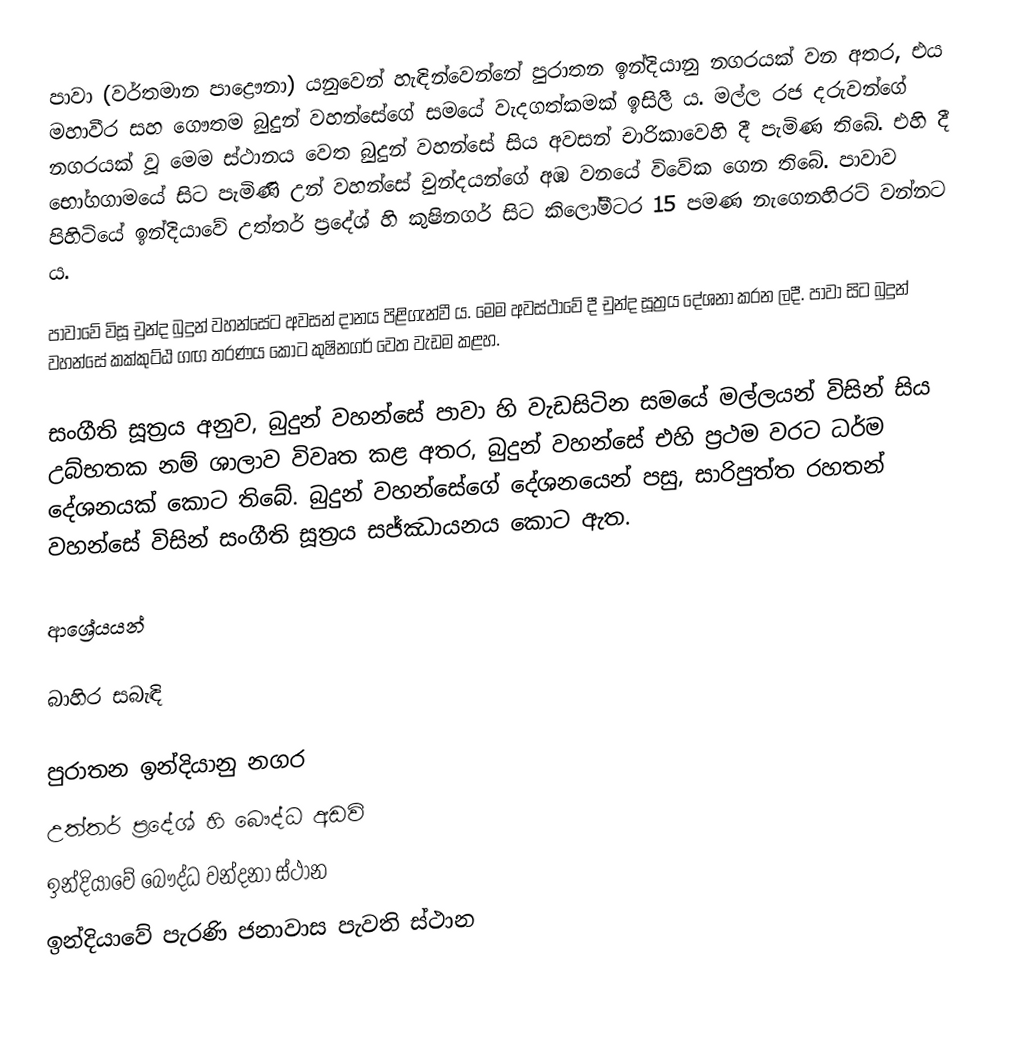
පාවා (වර්තමාන පාද්‍රෞනා) යනුවෙන් හැඳින්වෙන්නේ පුරාතන ඉන්දියානු නගරයක් වන අතර, එය මහාවීර සහ ගෞතම බුදුන් වහන්සේගේ සමයේ වැදගත්කමක් ඉසිලී ය. මල්ල රජ දරුවන්ගේ නගරයක් වූ මෙම ස්ථානය වෙත බුදුන් වහන්සේ සිය අවසන් චාරිකාවෙහි දී පැමිණ තිබේ. එහි දී භෝගගාමයේ සිට පැමිණි උන් වහන්සේ චුන්දයන්ගේ අඹ වනයේ විවේක ගෙන තිබේ. පාවාව පිහිටියේ ඉන්දියාවේ උත්තර් ප්‍රදේශ් හි කුෂිනගර් සිට කිලෝමීටර 15 පමණ නැගෙනහිරට් වන්නට ය.

පාවාවේ විසූ චුන්ද බුදුන් වහන්සේට අවසන් දානය පිළිගැන්වී ය. මෙම අවස්ථාවේ දී චුන්ද සූත්‍රය දේශනා කරන ලදී. පාවා සිට බුදුන් වහන්සේ කක්කුට්ඨ ගඟ තරණය කොට කුෂිනගර් වෙත වැඩම කළහ.

සංගීති සූත්‍රය අනුව, බුදුන් වහන්සේ පාවා හි වැඩසිටින සමයේ මල්ලයන් විසින් සිය උබ්භතක නම් ශාලාව විවෘත කළ අතර, බුදුන් වහන්සේ එහි ප්‍රථම වරට ධර්ම දේශනයක් කොට තිබේ. බුදුන් වහන්සේගේ දේශනයෙන් පසු, සාරිපුත්ත රහතන් වහන්සේ විසින් සංගීති සූත්‍රය සජ්ඣායනය කොට ඇත.

ආශ්‍රේයයන්

බාහිර සබැඳි

පුරාතන ඉන්දියානු නගර
උත්තර් ප්‍රදේශ් හි බෞද්ධ අඩවි
ඉන්දියාවේ බෞද්ධ වන්දනා ස්ථාන
ඉන්දියාවේ පැරණි ජනාවාස පැවති ස්ථාන